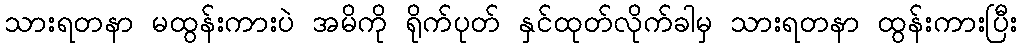
သားရတနာ မထွန်းကားပဲ အမိကို ရိုက်ပုတ် နှင်ထုတ်လိုက်ခါမှ သားရတနာ ထွန်းကားပြီး